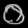
Digit: ၀